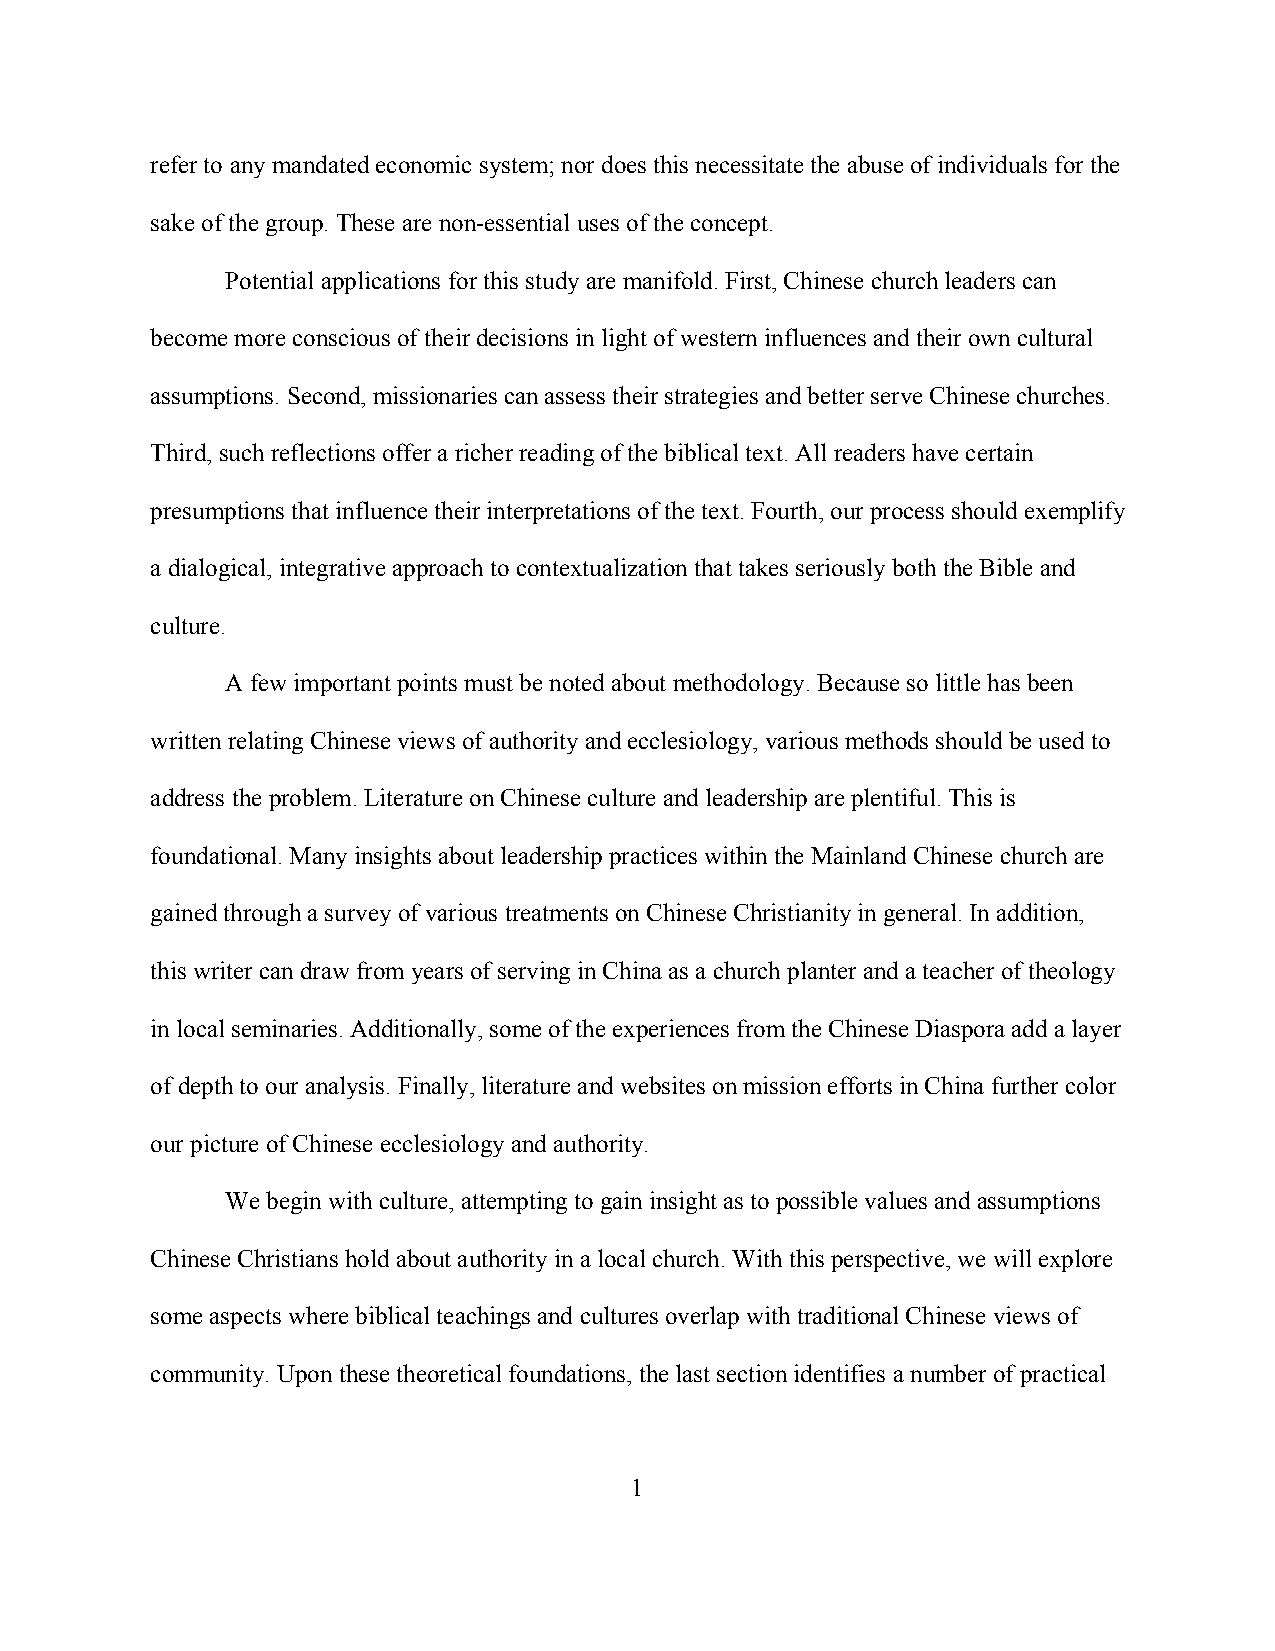
refer to any mandated economic system; nor does this necessitate the abuse of individuals for the
 sake of the group. These are non-essential uses of the concept.
 Potential applications for this study are manifold. First, Chinese church leaders can
 become more conscious of their decisions in light of western influences and their own cultural
 assumptions. Second, missionaries can assess their strategies and better serve Chinese churches.
 Third, such reflections offer a richer reading of the biblical text. All readers have certain
 presumptions that influence their interpretations of the text. Fourth, our process should exemplify
 a dialogical, integrative approach to contextualization that takes seriously both the Bible and
 culture.
 A few important points must be noted about methodology. Because so little has been
 written relating Chinese views of authority and ecclesiology, various methods should be used to
 address the problem. Literature on Chinese culture and leadership are plentiful. This is
 foundational. Many insights about leadership practices within the Mainland Chinese church are
 gained through a survey of various treatments on Chinese Christianity in general. In addition,
 this writer can draw from years of serving in China as a church planter and a teacher of theology
 in local seminaries. Additionally, some of the experiences from the Chinese Diaspora add a layer
 of depth to our analysis. Finally, literature and websites on mission efforts in China further color
 our picture of Chinese ecclesiology and authority.
 We begin with culture, attempting to gain insight as to possible values and assumptions
 Chinese Christians hold about authority in a local church. With this perspective, we will explore
 some aspects where biblical teachings and cultures overlap with traditional Chinese views of
 community. Upon these theoretical foundations, the last section identifies a number of practical
 1